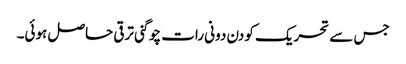
جس سے تحریک کو دن دونی رات چوگنی ترقی حاصل ہوئی۔